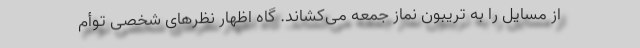
از مسایل را به تریبون نماز جمعه می‌کشاند. گاه اظهار نظرهای شخصی توأم